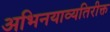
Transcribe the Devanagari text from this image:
अभिनयाव्यतिरीक्त